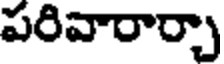
పరివారార్చా